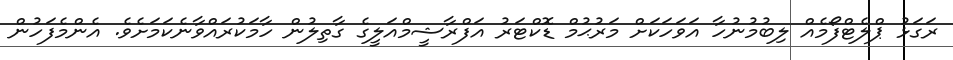
ރަގަޅު ޕްލެޓްފޯމެއް ލިބުމުނުހާ އަވަހަކަށް މަރުޙުމް ޑޮކްޓަރު އަފްރާޝީމްއަލީގެ ގާތިލުން ހާމަކުރައްވާނެކަމަށެވެ. އެންމެފަހުން